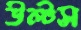
উল্‌টস